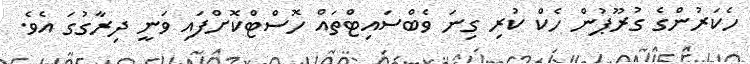
ހެކަރުންގެ ގުރޫޕުން ހެކް ކުރި ގިނަ ވެބްސައިޓްތައް ހޮސްޓްކޮށްފައި ވަނީ ދިރާގުގަ އެވެ.